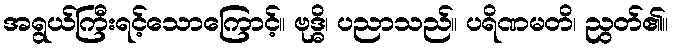
အရွယ်ကြီးရင့်သောကြောင့်။ ဗုဒ္ဓိ၊ ပညာသည်။ ပရိဏမတိ၊ ညွတ်၏။